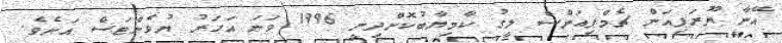
އޭނާ ޔޫރަޕިއަން ޗެމްޕިއަންސް ލީގު ކާމިޔާބުކޮށްދިނީ 1996 ވަނަ އަހަރު ޔުވެންޓަސް އަށެވެ.